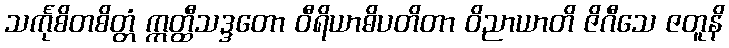
သင်္ကုစိတစိတ္တံ ဣတ္ထီသဒ္ဒတော ဝီရိယာဓိပတိတာ ဝိညာယာတိ ဇိဂီသေ ဇတူနိ